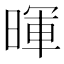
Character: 暉